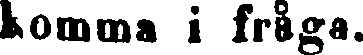
komma i fråga.